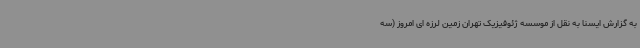
به گزارش ایسنا به نقل از موسسه ژئوفیزیک تهران زمین لرزه ای امروز (سه